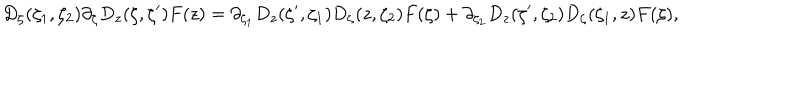
D _ { \zeta } ( \zeta _ { 1 } , \zeta _ { 2 } ) \partial _ { \zeta } D _ { z } ( \zeta , \zeta ^ { \prime } ) F ( z ) = \partial _ { \zeta _ { 1 } } D _ { z } ( \zeta ^ { \prime } , \zeta _ { 1 } ) D _ { \zeta } ( z , \zeta _ { 2 } ) F ( \zeta ) + \partial _ { \zeta _ { 2 } } D _ { z } ( \zeta ^ { \prime } , \zeta _ { 2 } ) D _ { \zeta } ( \zeta _ { 1 } , z ) F ( \zeta ) ,